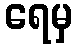
ရေမှ